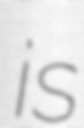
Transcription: is